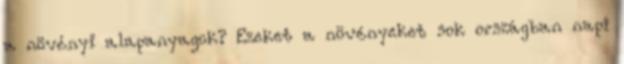
a növényi alapanyagok? Ezeket a növényeket sok országban napi